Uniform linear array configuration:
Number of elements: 12
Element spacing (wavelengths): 0.25
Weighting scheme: hamming
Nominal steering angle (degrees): -15
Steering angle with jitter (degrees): -13.693
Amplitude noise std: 0.05
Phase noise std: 0.05

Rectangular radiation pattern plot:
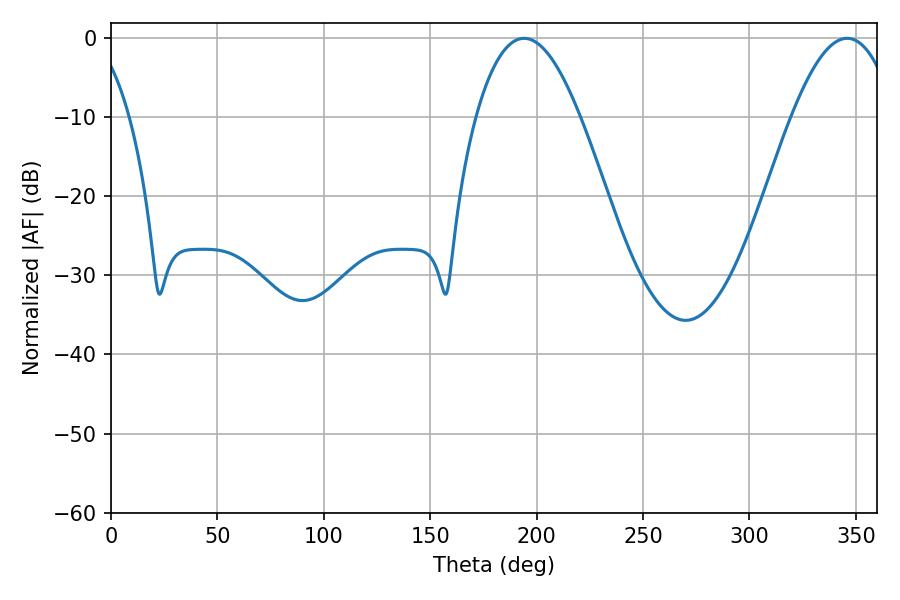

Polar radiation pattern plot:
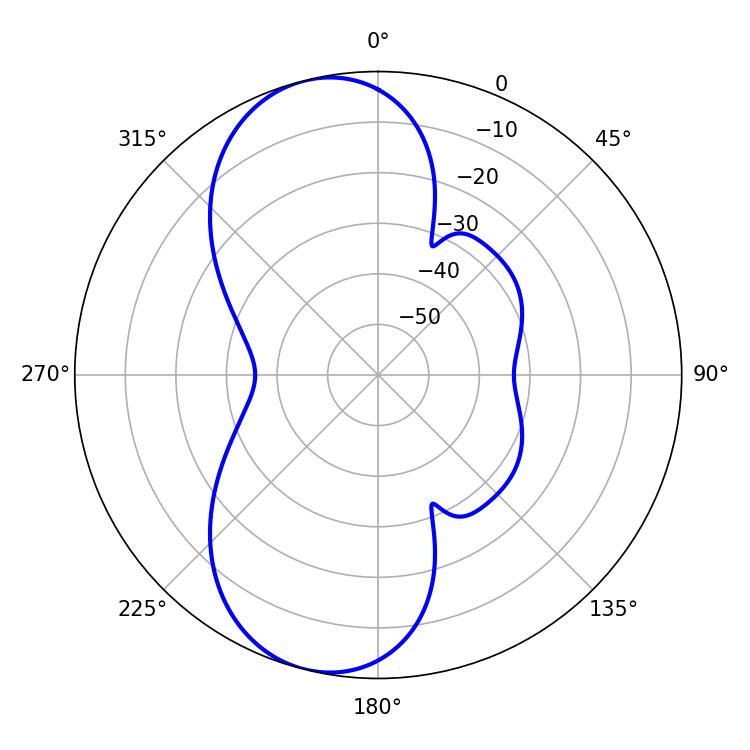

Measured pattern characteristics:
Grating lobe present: FALSE
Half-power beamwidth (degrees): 26.82
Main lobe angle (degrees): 194.04